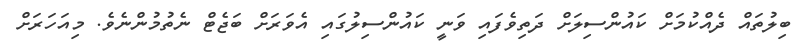
ބިލުތައް ދެއްކުމަށް ކައުންސިލަށް ދަތިވެފައި ވަނީ ކައުންސިލުގައި އެވަރަށް ބަޖެޓް ނެތުމުންނެވެ. މިއަހަރަށް